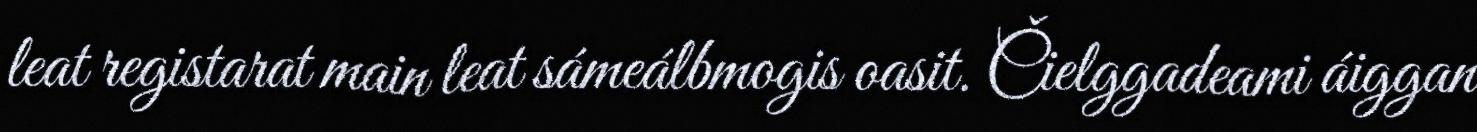
leat registarat main leat sámeálbmogis oasit. Čielggadeami áiggan